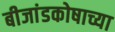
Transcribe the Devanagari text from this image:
बीजांडकोषाच्या